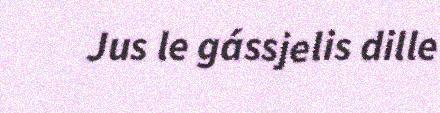
Jus le gássjelis dille